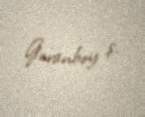
Goranboy ş.